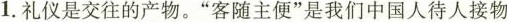
1.礼仪是交往的产物。”客随主便”是我们中国人待人接物